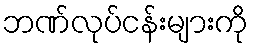
ဘဏ်လုပ်ငန်းများကို